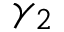
\gamma _ { 2 }